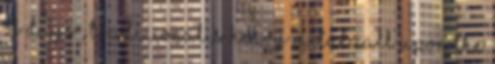
Of Days , tradicionális heavy metal Call Upon The